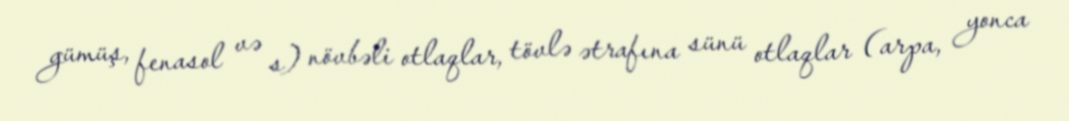
gümüş, fenasol və s) növbəli otlaqlar, tövlə ətrafına sünü otlaqlar (arpa, yonca